Report on the bubonic plague in Bombay, 1896-1897
Year: 1896
Disease focus: Plague
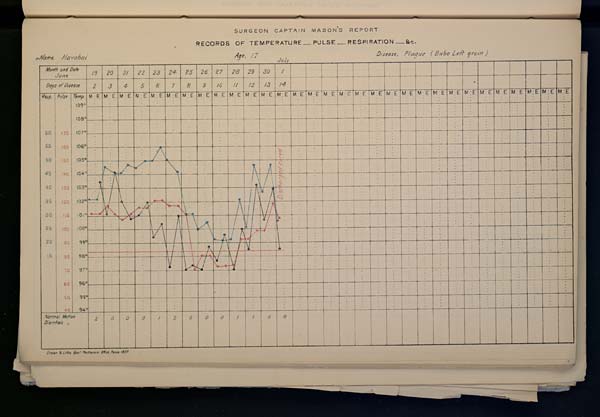
SURGEON
CAPTAIN
MASON'S
REPORT
RECORDS OF TEMPERATURE __ PULSE __ RESPIRATION __ &c.
Name,
Havabai
Age,
17
Disease,
Plague
(Bubo
Right
groin
)
July
Drawn & Litho: Govt. Photozinco: Office, Poona 1897.